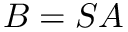
B = S A